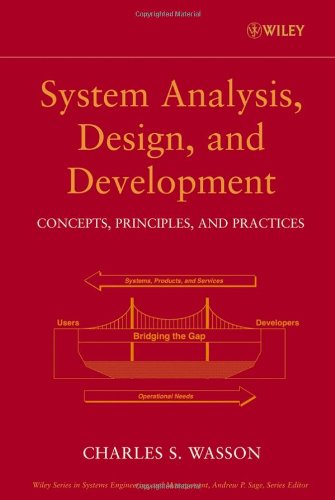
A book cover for System Analysis, Design, and Development: Concepts, Principles, and Practices; Charles S. Wasson; Test Preparation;